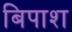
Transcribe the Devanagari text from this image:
बिपाश